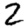
Digit: 2